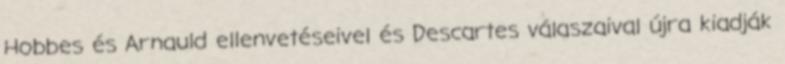
Hobbes és Arnauld ellenvetéseivel és Descartes válaszaival újra kiadják